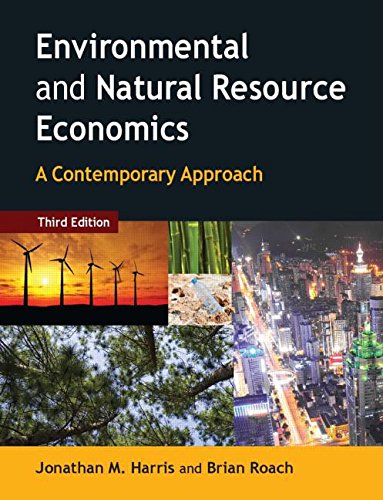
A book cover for Environmental and Natural Resource Economics: A Contemporary Approach; Jonathan M. Harris; Business & Money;